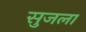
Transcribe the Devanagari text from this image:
सुजला